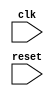
module AXI_controller (
    input wire clk,
    input wire reset,
    // Add AXI bus interface ports here
);

    // Define internal signals and registers here

    // Implement timing control and synchronization logic here

    // Implement arbitration, data prioritization, and error detection/correction logic here

endmodule